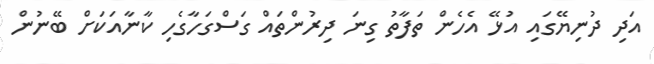
އަދި ދުނިޔޭގައި އުޅޭ އެހެން ތަފާތު ގިނަ ދިރުންތައް ގަސްގަހާގެހި ކާނާއަކަށް ބޭނުން